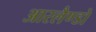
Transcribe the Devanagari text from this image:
आरलैण्डो